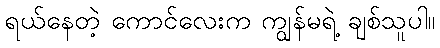
ရယ်နေတဲ့ ကောင်လေးက ကျွန်မရဲ့ ချစ်သူပါ။